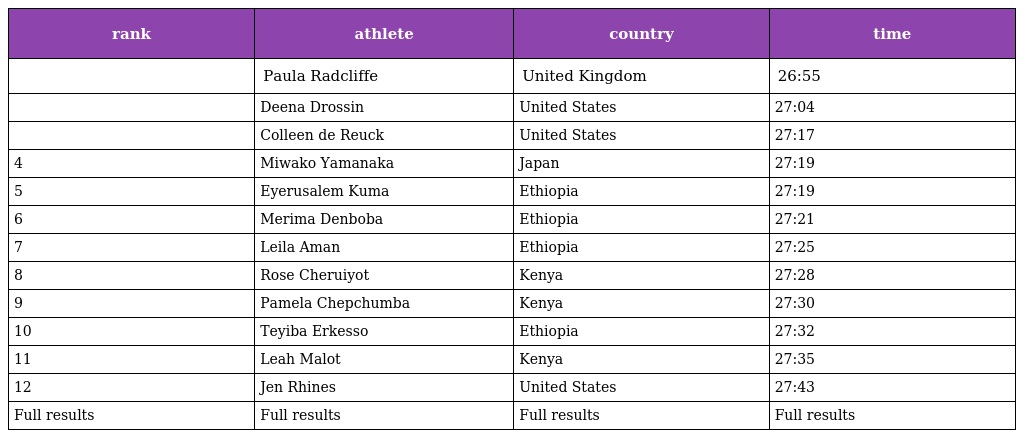
| rank | athlete | country | time |
 | --- | --- | --- | --- |
 |  | Paula Radcliffe | United Kingdom | 26:55 |
 |  | Deena Drossin | United States | 27:04 |
 |  | Colleen de Reuck | United States | 27:17 |
 | 4 | Miwako Yamanaka | Japan | 27:19 |
 | 5 | Eyerusalem Kuma | Ethiopia | 27:19 |
 | 6 | Merima Denboba | Ethiopia | 27:21 |
 | 7 | Leila Aman | Ethiopia | 27:25 |
 | 8 | Rose Cheruiyot | Kenya | 27:28 |
 | 9 | Pamela Chepchumba | Kenya | 27:30 |
 | 10 | Teyiba Erkesso | Ethiopia | 27:32 |
 | 11 | Leah Malot | Kenya | 27:35 |
 | 12 | Jen Rhines | United States | 27:43 |
 | Full results | Full results | Full results | Full results |